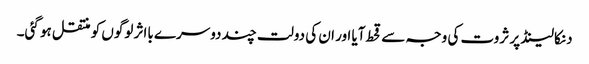
دنکالینڈ پر ثروت کی وجہ سے قحط آیا اور ان کی دولت چند دوسرے بااثر لوگوں کو منتقل ہو گئی۔